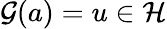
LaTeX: \mathcal{G}(a)=u\in\mathcal{H}